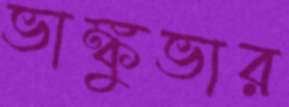
ভাঙ্কুভার